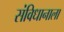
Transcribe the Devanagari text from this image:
संविधानाला